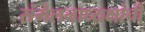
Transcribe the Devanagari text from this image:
संमेलनाध्यक्षांची